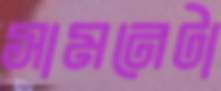
সামনেটা